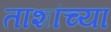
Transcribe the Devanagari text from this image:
ताशांच्या